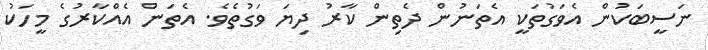
ނަސީބަކުން އެވަގުތަކީ އެތަނުން ދެތިން ކާރު ދިޔަ ވަގުތެވެ. އެތަން އެއްކާރުގެ މީހަކު